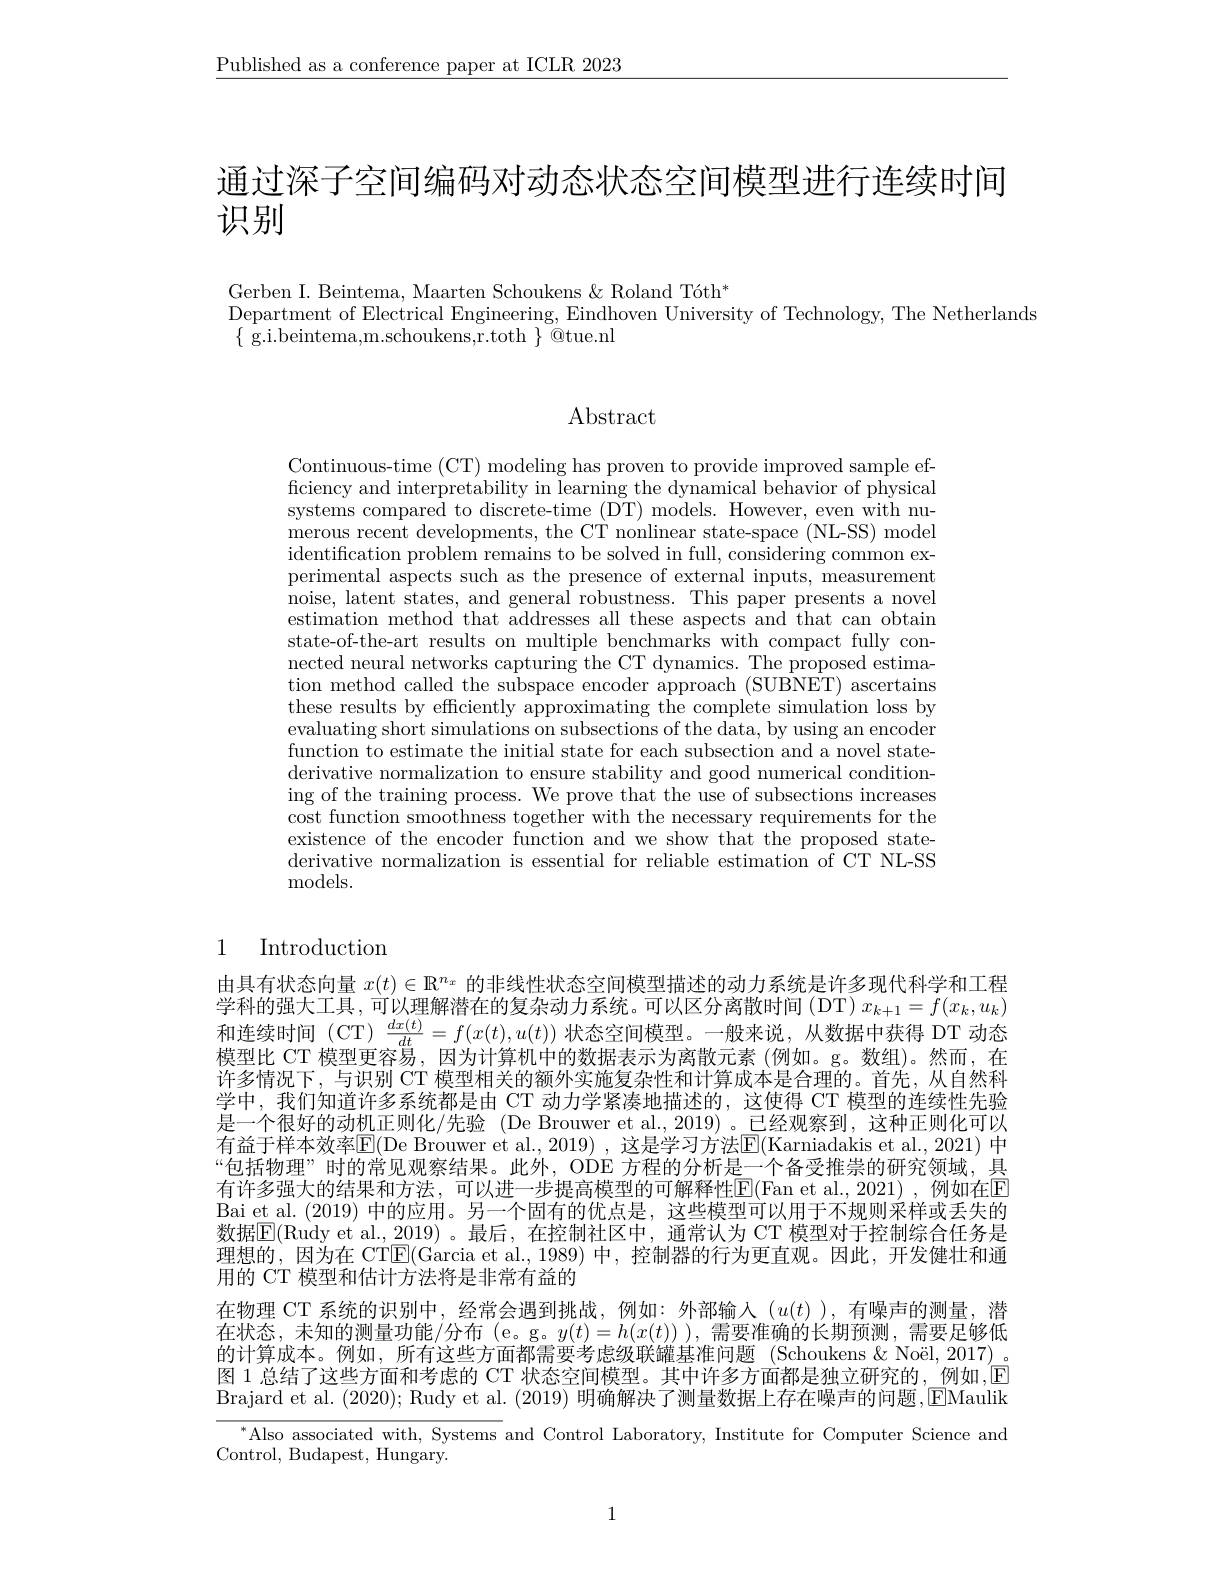
$\underline{\text{Published as a conference paper at ICLR 2023}}$

通过深子空间编码对动态状态空间模型进行连续时间

识别

Gerben I. Beintema, Maarten Schoukens & Roland Tóth*
Department of Electrical Engineering, Eindhoven University of Technology, The Netherlands
$\{$ g.i.beintema,m.schoukens,r.toth $\}$@tue.nl

Abstract

Continuous-time (CT) modeling has proven to provide improved sample efficiency and interpretability in learning the dynamical behavior of physical systems compared to discrete-time (DT) models. However, even with numerous recent developments, the CT nonlinear state-space (NL-SS) model identification problem remains to be solved in full, considering common ex- perimental aspects such as the presence of external inputs, measurement noise, latent states, and general robustness. This paper presents a novel estimation method'that addresses all these aspects and that can obtain state-of-the-art results on multiple benchmarks with compact fully connected neural networks capturing the CT dynamics. The proposed estimation method called the subspace encoder approach (SUBNET) ascertains these results by efficiently approximating the complete simulation loss by evaluating short simulations on subsections of the data, by using an encoder function to estimate the initial state for each subsection and a novel statederivative normalization to ensure stability and good numerical conditioning of the training process. We prove that the use of subsections increases cost function smoothness together with the necessary requirements for the existence of the encoder function and we show that the proposed statederivative normalization is essential for reliable estimation of CT NL-SS ${\mathrm{models.}}$

## 1 Introduction

由具有状态向量$x(t)\in\mathbb{R}^{n_x}$的非线性状态空间模型描述的动力系统是许多现代科学和工程学科的强大工具，可以理解潜在的复杂动力系统。可以区分离散时间(DT) $x_k+1=f(x_k,u_k)$ 和连续时间(CT)$\frac dx(t){dt}=f(x(t),u(t))$状态空间模型。一般来说，从数据中获得 DT 动态模型比 CT 模型更容易，因为计算机中的数据表示为离散元素(例如。g。数组)。然而，在许多情况下，与识别 CT 模型相关的额外实施复杂性和计算成本是合理的。首先，从自然科学中，我们知道许多系统都是由 CT 动力学紧凑地描述的，这使得 CT 模型的连续性先验是一个很好的动机正则化/先验 (De Brouwer et al.,2019)。已经观察到，这种正则化可以有益于样本效率$\overline{\mathrm{E}}($De Brouwer et al.,2019) ,这是学习方法$\mathbb{E}($Karniadakis et al.,2021) 中“包括物理”时的常见观察结果。此外，ODE 方程的分析是一个备受推崇的研究领域，具有许多强大的结果和方法，可以进一步提高模型的可解释性E(Fan et al.,2021),例如在E Bai et al. (2019) 中的应用。另一个固有的优点是，这些模型可以用于不规则采样或丢失的数据$\mathbb{E}($Rudy et al.,2019)。最后，在控制社区中，通常认为 CT 模型对于控制综合任务是理想的，因为在 CT$\boxed{\mathrm{E}}($Garcia et al.,1989) 中，控制器的行为更直观。因此，开发健壮和通用的 CT 模型和估计方法将是非常有益的
在物理 CT 系统的识别中，经常会遇到挑战 ,例如：外部输入$(u(t))$,有噪声的测量，潜在状态，未知的测量功能/分布(e。g。$y(t)=h(x(t)))$,需要准确的长期预测，需要足够低的计算成本。例如，所有这些方面都需要考虑级联罐基准问题 (Schoukens&Noël,2017)。图 1 总结了这些方面和考虑的 CT 状态空间模型。其中许多方面都是独立研究的，例如，$\textcircled{\mathrm{E}}$ Brajard et al. (2020); Rudy et al. (2019) 明确解决了测量数据上存在噪声的问题，$\boxed{\mathrm{EMaulik}}$
$^{*}$Also associated with, Systems and Control Laboratory, Institute for Computer Science and

Control, Budapest, Hungary.

1